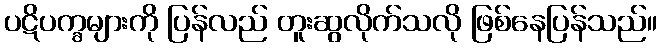
ပဋိပက္ခများကို ပြန်လည် တူးဆွလိုက်သလို ဖြစ်နေပြန်သည်။